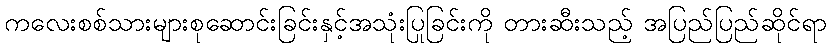
ကလေးစစ်သားများစုဆောင်းခြင်းနှင့်အသုံးပြုခြင်းကို တားဆီးသည့် အပြည်ပြည်ဆိုင်ရာ